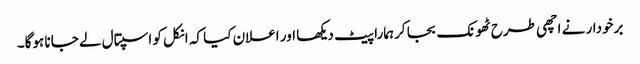
برخودار نے اچھی طرح ٹھونک بجا کر ہمارا پیٹ دیکھا اور اعلان کیا کہ انکل کو اسپتال لے جانا ہوگا۔